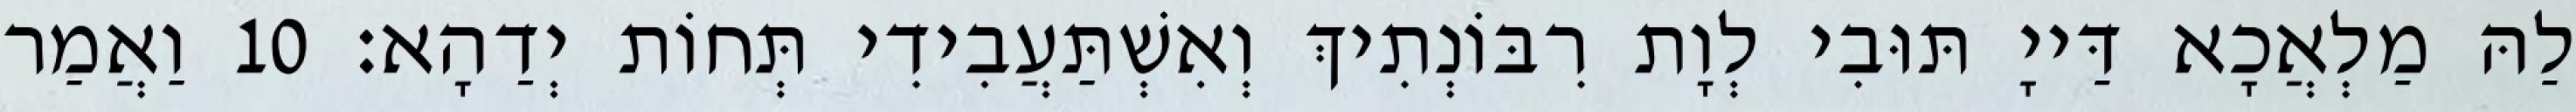
לַהּ מַלְאֲכָא דַּייָ תּוּבִי לְוָת רִבּוֹנְתִיךְ וְאִשְׁתַּעֲבִידִי תְּחוֹת יְדַהָא׃ 10 וַאֲמַר